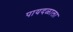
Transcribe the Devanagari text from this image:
पायदळाला